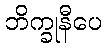
ဘိက္ခုနီပေ